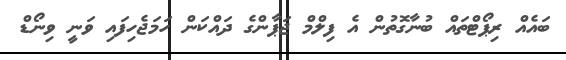
ބައެއް ރިޕޯޓްތައް ބުނާގޮތުން އެ ފިލްމް ޖަޕާންގެ ދައްކަން ހަަމަޖެހިފައި ވަނީ ވިނޯޑް